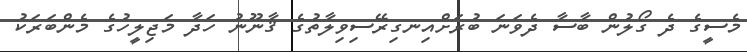
މެސީގެ ދެ ގޯލުން ބާސާ ދެވަނަ ބުރަށްއިނގިރޭސިވިލާތުގެ ޤާނޫނު ހަދާ މަޖިލީހުގެ މެންބަރަކު